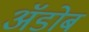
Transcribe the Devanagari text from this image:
अॅडोब